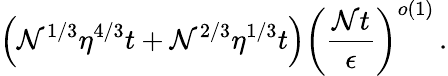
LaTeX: \left(\mathcal{N}^{1/3}\eta^{4/3}t+\mathcal{N}^{2/3}\eta^{1/3}t\right)\left(\frac{{\mathcal{N}t}}{{\epsilon}}\right)^{o\left(1\right)}\, .